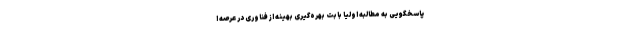
پاسخگویی به مطالبه اولیا بابت بهره‌گیری بهینه از فناوری در عرصه ا